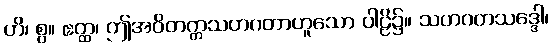
ဟိ၊ စွ။ ဧတ္ထ၊ ဤအဝိတက္ကသဟဂတာဟူသော ပါဠိ၌။ သဟဂတသဒ္ဒေါ၊